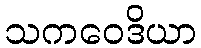
သကဝေဒိယာ